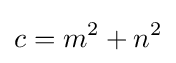
c=m^{2}+n^{2}